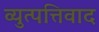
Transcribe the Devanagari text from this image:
व्युत्पत्तिवाद